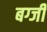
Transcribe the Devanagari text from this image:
बग्जी